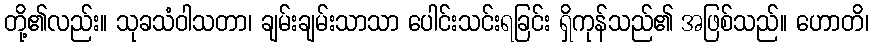
တို့၏လည်း။ သုခသံဝါသတာ၊ ချမ်းချမ်းသာသာ ပေါင်းသင်းရခြင်း ရှိကုန်သည်၏ အဖြစ်သည်။ ဟောတိ၊